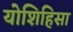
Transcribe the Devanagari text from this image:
योशिहिसा